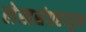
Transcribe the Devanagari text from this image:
लेखसंग्रहातून